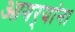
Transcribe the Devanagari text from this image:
आगर्‍यांना